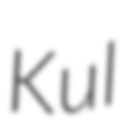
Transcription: Kul